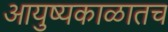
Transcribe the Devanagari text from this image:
आयुष्यकाळातच